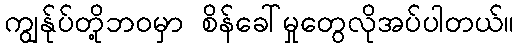
ကျွန်ုပ်တို့ဘဝမှာ စိန်ခေါ်မှုတွေလိုအပ်ပါတယ်။